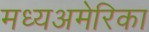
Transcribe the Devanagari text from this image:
मध्यअमेरिका